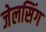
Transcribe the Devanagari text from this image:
जेलसिंग